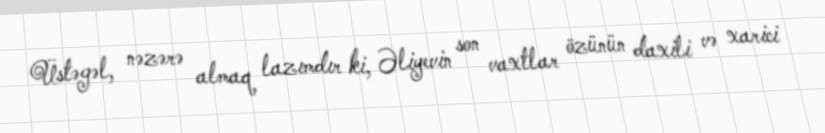
Üstəgəl, nəzərə almaq lazımdır ki, Əliyevin son vaxtlar özünün daxili və xarici